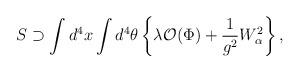
LaTeX: \begin{align*}S \supset \int d^4x \int d^4\theta \left\{ \lambda {\cal O}(\Phi)+ {1\over g^2} W_\alpha^2 \right\} ,\end{align*}